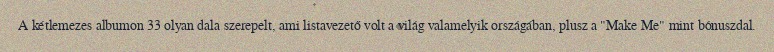
A kétlemezes albumon 33 olyan dala szerepelt, ami listavezető volt a világ valamelyik országában, plusz a "Make Me" mint bónuszdal.